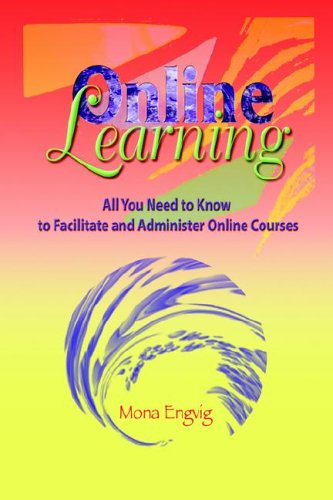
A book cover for Online Learning: All You Need to Know to Facilitate and Administer Online Courses (Instructional and Information Technology); Mona Engvig; Computers & Technology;